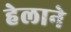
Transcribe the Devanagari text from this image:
हेलाने